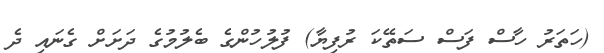
(ހަތަރު ހާސް ފަސް ސަތޭކަ ރުފިޔާ) ފުލުހުންގެ ބެލުމުގެ ދަށަށް ގެނައި ދެ